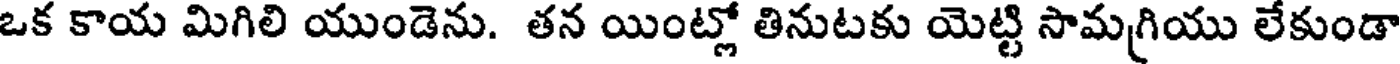
ఒక కాయ మిగిలి యుండెను. తన యింట్లో తినుటకు యెట్టి సామగ్రియు లేకుండా